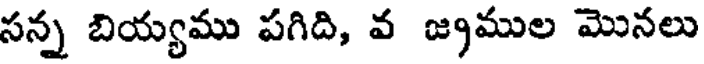
సన్న బియ్యము పగిది, వ జ్రముల మొనలు